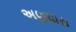
અણધારા